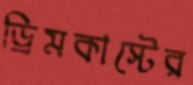
ড্রিমকাস্টের